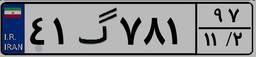
۵۹گ۲۵۱۳۹